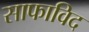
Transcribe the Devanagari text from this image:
साफाविद